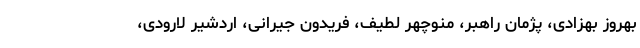
بهروز بهزادی، پژمان راهبر، منوچهر لطیف، فریدون جیرانی، اردشیر لارودی،